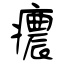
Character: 癑